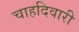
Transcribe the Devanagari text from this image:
चाहदिवारी